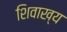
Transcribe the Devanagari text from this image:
शिवाख्य